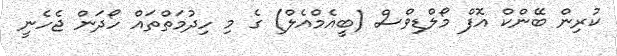
ކުރިން ބޭންކް އޮފް މޯލްޑިވްސް (ބީއެމްއެލް) ގެ މި ހިދުމަތްތައް ހޯދަން ޖެހެނީ